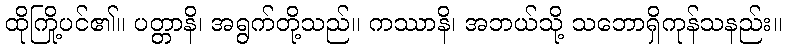
ထိုကြို့ပင်၏။ ပတ္တာနိ၊ အရွက်တို့သည်။ ကဿာနိ၊ အဘယ်သို့ သဘောရှိကုန်သနည်း။